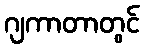
ဂျကာတာတွင်